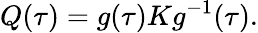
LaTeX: Q(\tau)=g(\tau)Kg^{-1}(\tau).